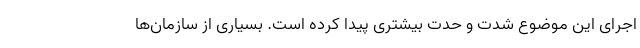
اجرای این موضوع شدت و حدت بیشتری پیدا کرده است. بسیاری از سازمان‌ها